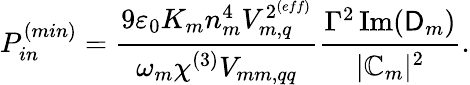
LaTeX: P_{in}^{(min)}=\cfrac{9\varepsilon_{0}K_{m}n_{m}^{4}V_{m,q}^{2^{{(eff)}}}}{\omega_{m}\chi^{(3)}V_{mm,qq}}\cfrac{\Gamma^{2}\operatorname{Im}(\mathsf{D}_{m})}{|\mathbb{C}_{m}|^{2}}.